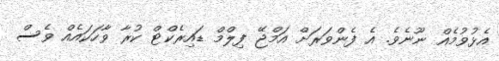
އެޅުވުމެއް ނޫނެވެ. އެ ފެންވަރަށް އަމްޖޭ ފިލްމް ޑައިރެކްޓް ކުރާ ވާހަކައެއް ވެސް